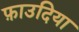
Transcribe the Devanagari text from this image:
फ़ाउदिया